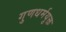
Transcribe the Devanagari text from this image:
गुणधर्मयुक्त